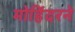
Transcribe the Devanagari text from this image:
मोहिंदरने